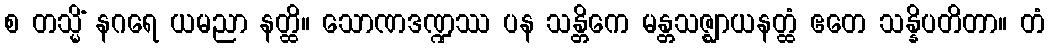
စ တသ္မိံ နဂရေ ယမညာ နတ္ထိ။ သောဏဒဏ္ဍဿ ပန သန္တိကေ မန္တသဇ္ဈာယနတ္ထံ ဧတေ သန္နိပတိတာ။ တံ